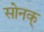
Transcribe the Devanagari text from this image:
सोनक्